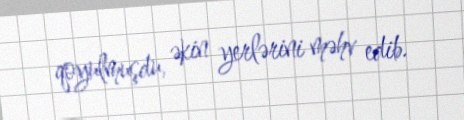
qoyulmuşdu, əkin yerlərini məhv edib.